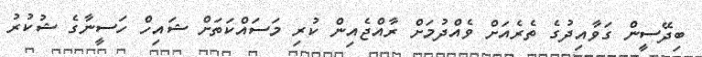
ބިދޭސީން ގަވާއިދުގެ ތެރެއަށް ވެއްދުމަށް ރާއްޖެއިން ކުރި މަސައްކަތަށް ޝައިހް ހަސީނާގެ ޝުކުރު